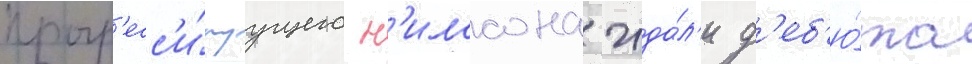
прогр'есс'и́руущего н'илссона жда́л'и д'еб'ю́та